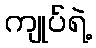
ကျုပ်ရဲ့